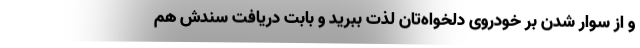
و از سوار شدن بر خودروی دلخواه‌تان لذت ببرید و بابت دریافت سندش هم